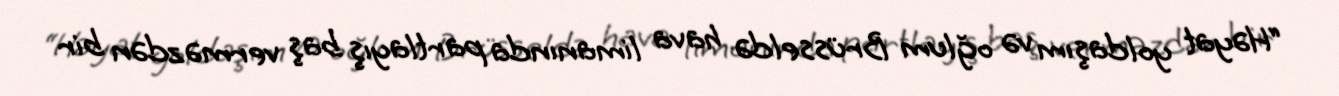
“Həyat yoldaşım və oğlum Brüsseldə hava limanında partlayış baş verməzdən bir